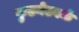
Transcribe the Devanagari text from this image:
फुडनेटवर्क